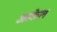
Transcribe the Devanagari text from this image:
आकेल